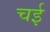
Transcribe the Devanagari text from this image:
चई